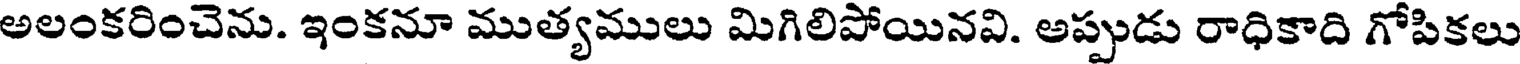
అలంకరించెను. ఇంకనూ ముత్యములు మిగిలిపోయినవి. అప్పుడు రాధికాది గోపికలు